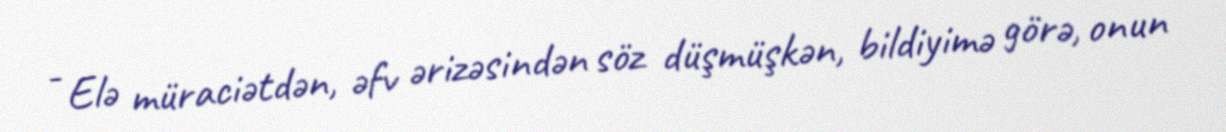
- Elə müraciətdən, əfv ərizəsindən söz düşmüşkən, bildiyimə görə, onun